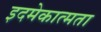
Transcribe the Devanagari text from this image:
इदमेकात्मता